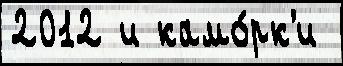
2012 и камо́рк'и